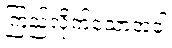
ကြည့်လိုက်သောအခါ